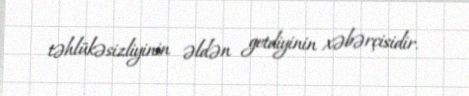
təhlükəsizliyinin əldən getdiyinin xəbərçisidir.